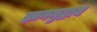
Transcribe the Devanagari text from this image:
ज्ञानमुद्राय